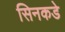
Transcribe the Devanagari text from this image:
सिनकडे